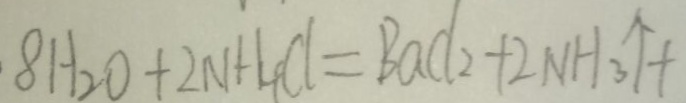
8 H _ { 2 } O + 2 N + 4 C l = B a C l _ { 2 } + 2 N H _ { 3 } \uparrow +